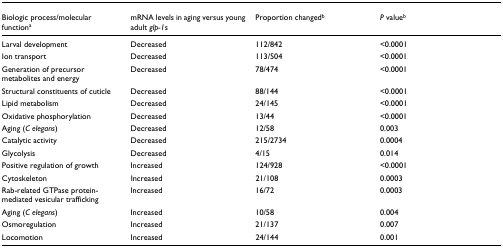
<table><thead><tr><td><b>Biologic process/molecular function<sup>a</sup></b></td><td><b>mRNA levels in aging versus young adult <i>glp-1</i>s</b></td><td><b>Proportion changed<sup>b</sup></b></td><td><b><i>P </i>value<sup>b</sup></b></td></tr></thead><tbody><tr><td>Larval development</td><td>Decreased</td><td>112/842</td><td>&lt;0.0001</td></tr><tr><td>Ion transport</td><td>Decreased</td><td>113/504</td><td>&lt;0.0001</td></tr><tr><td>Generation of precursor metabolites and energy</td><td>Decreased</td><td>78/474</td><td>&lt;0.0001</td></tr><tr><td>Structural constituents of cuticle</td><td>Decreased</td><td>88/144</td><td>&lt;0.0001</td></tr><tr><td>Lipid metabolism</td><td>Decreased</td><td>24/145</td><td>&lt;0.0001</td></tr><tr><td>Oxidative phosphorylation</td><td>Decreased</td><td>13/44</td><td>&lt;0.0001</td></tr><tr><td>Aging (<i>C elegans</i>)</td><td>Decreased</td><td>12/58</td><td>0.003</td></tr><tr><td>Catalytic activity</td><td>Decreased</td><td>215/2734</td><td>0.0004</td></tr><tr><td>Glycolysis</td><td>Decreased</td><td>4/15</td><td>0.014</td></tr><tr><td>Positive regulation of growth</td><td>Increased</td><td>124/928</td><td>&lt;0.0001</td></tr><tr><td>Cytoskeleton</td><td>Increased</td><td>21/108</td><td>0.0003</td></tr><tr><td>Rab-related GTPase protein-mediated vesicular trafficking</td><td>Increased</td><td>16/72</td><td>0.0003</td></tr><tr><td>Aging (<i>C elegans</i>)</td><td>Increased</td><td>10/58</td><td>0.004</td></tr><tr><td>Osmoregulation</td><td>Increased</td><td>21/137</td><td>0.007</td></tr><tr><td>Locomotion</td><td>Increased</td><td>24/144</td><td>0.001</td></tr></tbody></table>